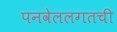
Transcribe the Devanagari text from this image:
पनवेललगतची